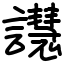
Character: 譿